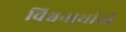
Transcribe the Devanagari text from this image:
विश्वनाथांनी